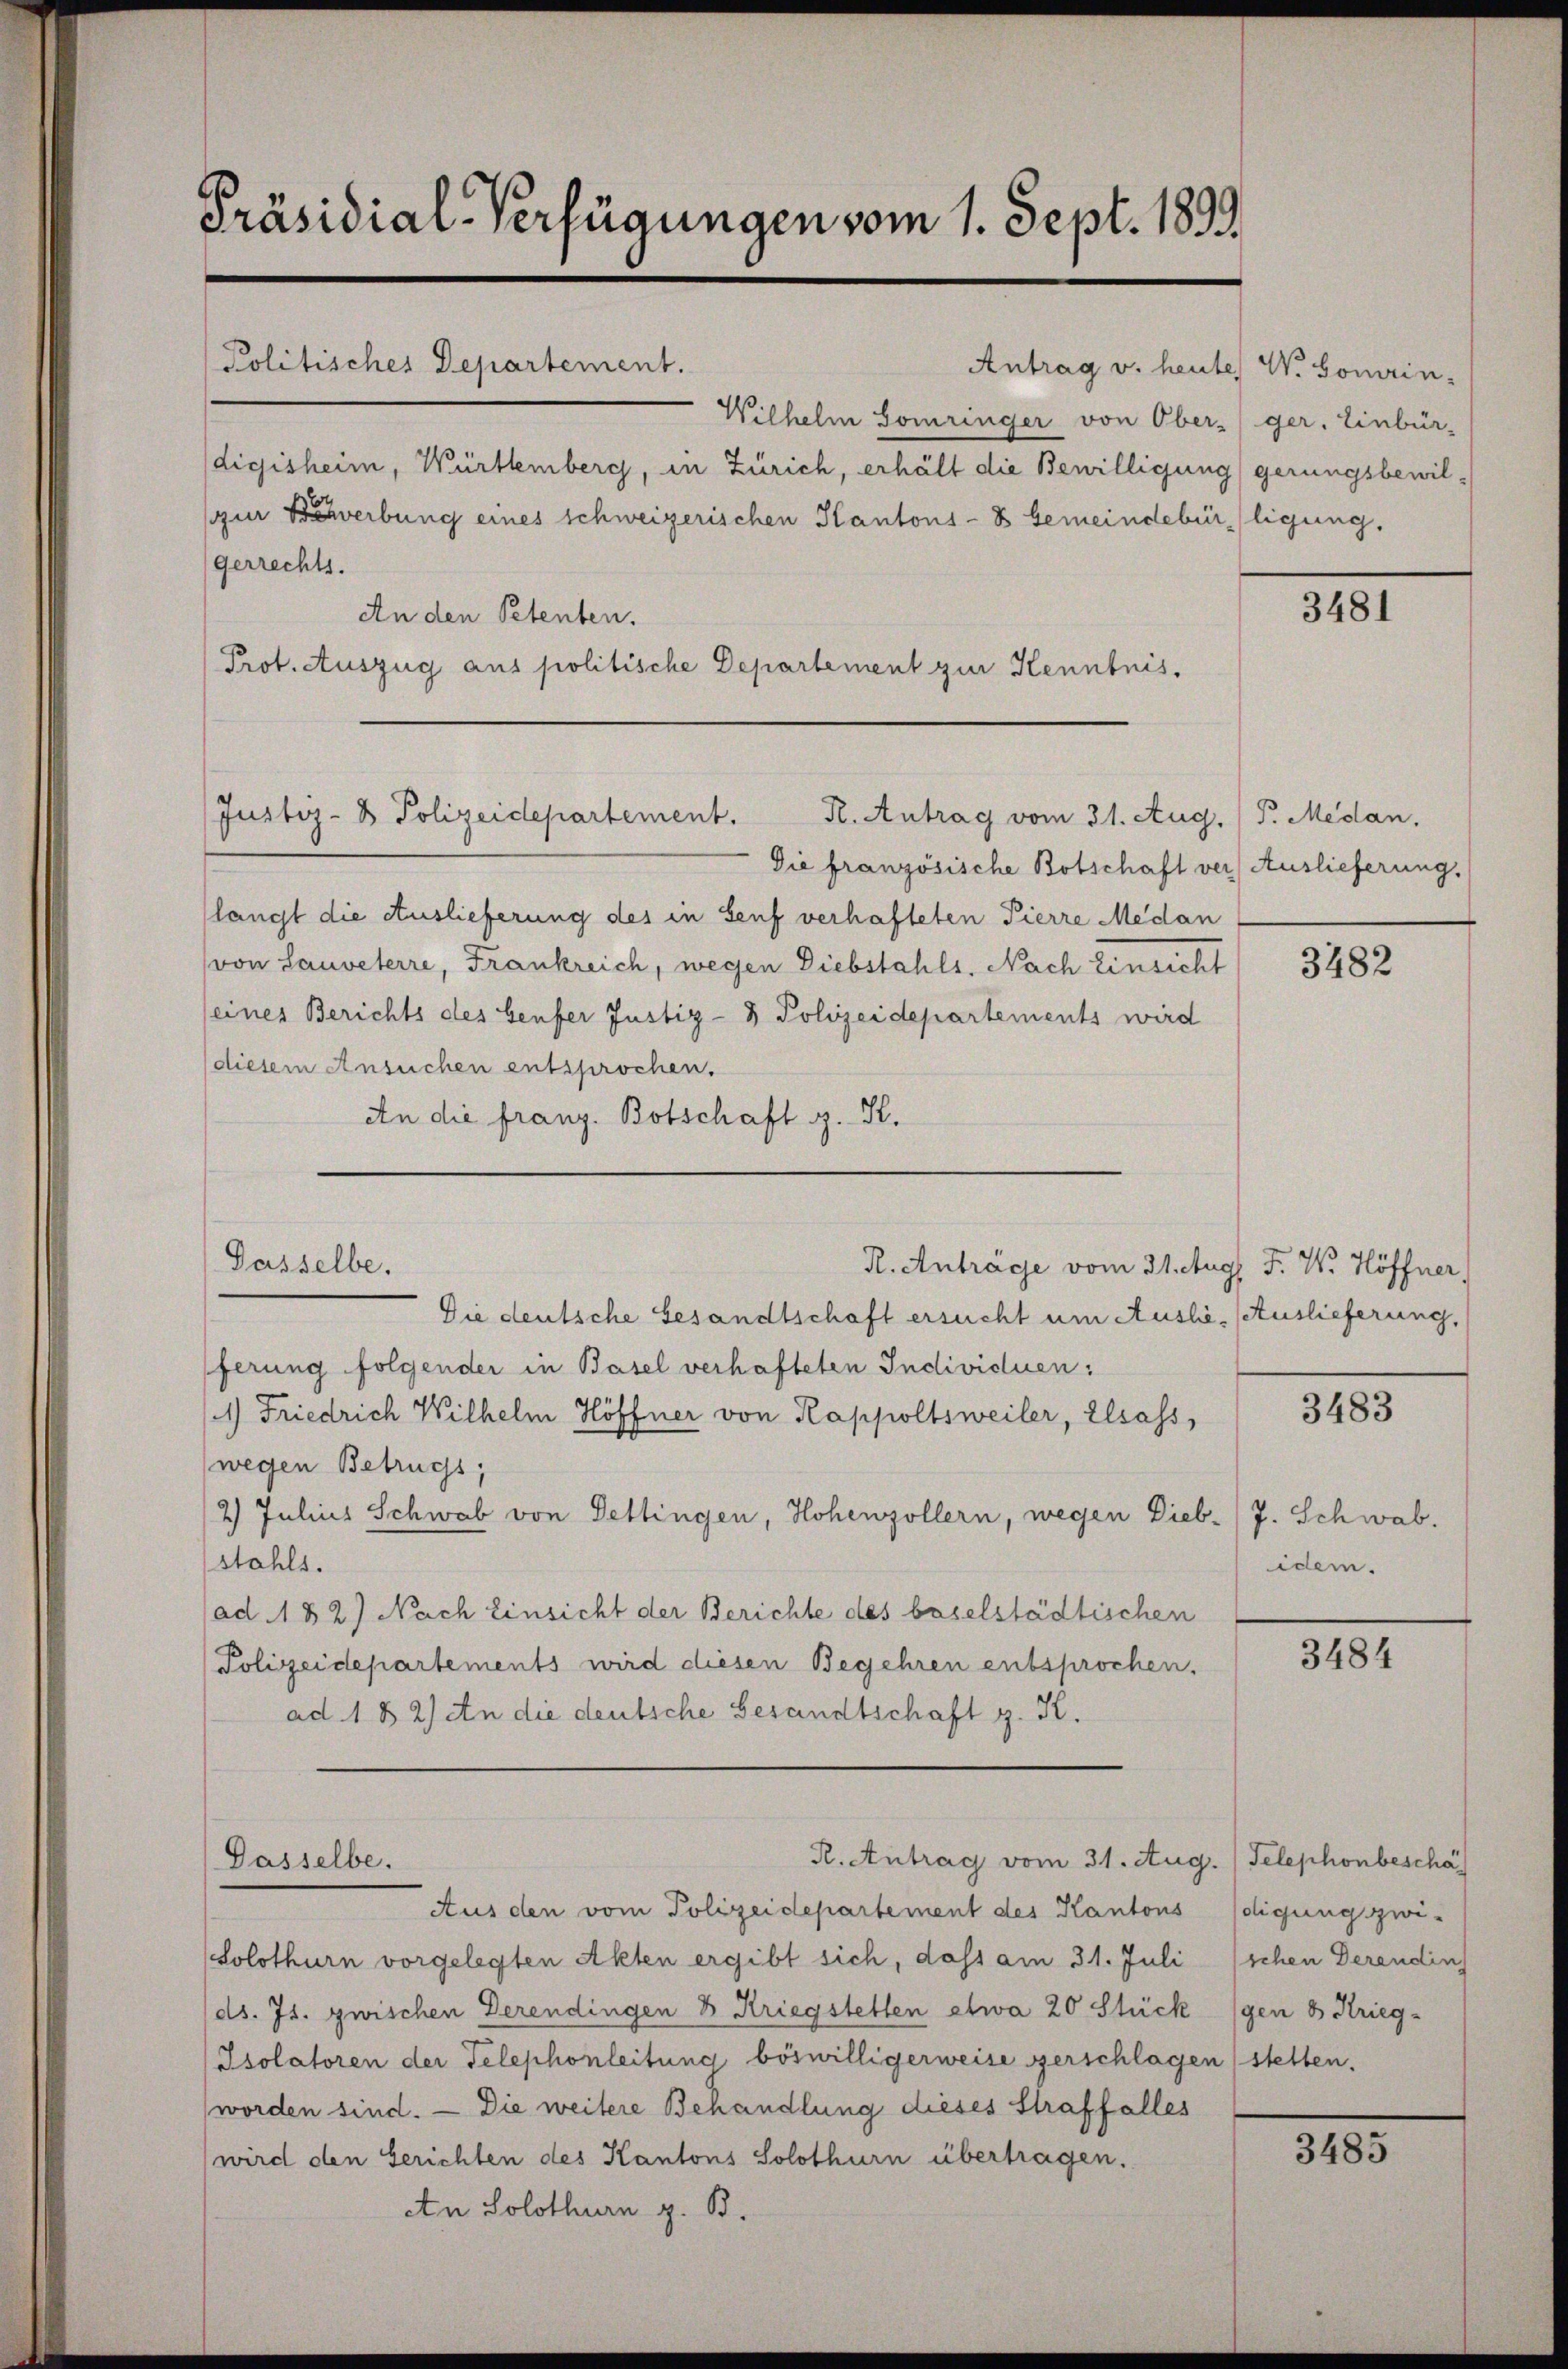
Präsidial-Verfügungen vom 1. Sept. 1899

Antrag v. heute W. Homrin-
Wilhelm Somringer von Oberger. Einbür-
digisheim, Württemberg, in Zürich, erhält die Bewilligung
zur Bewerbung eines schweizerischen Kantons- & Gemeindebürtigung,
gerrechts.
An den Petenten.
Prot. Auszug aus politische Departement zur Kenntnis.

Politisches Departement.

Aus den vom Polizeidepartement des Kantons
Solothurn vorgelegten Akten ergibt sich, dass am 31. Juli
ds. Js. zwischen Derendingen 3 Kriegstetten etwa 20 Stück
Isolatoren der Telephonleitung böswilligerweise gerschlage
worden sind. — Die weitere Behandlung dieses Straffalles
(wird den Gerichten des Kantons Solothurn übertragen.
An Solothurn z. B.

Die französische Botschaft ver Auslieferung.
(langt die Auslieferung des in Senf verhafteten Pierre Medan
von Lauveterre, Frankreich, wegen Diebstahls. Nach Einsicht
eines Berichts des Genfer Justiz- & Polizeidepartements wird
diesem Ansuchen entsprochen.
An die franz. Botschaft z. K.
R. Anträge vom 31. Aug. F. W. Höffner,
Die deutsche Gesandtschaft ersucht um Aushi- Auslieferung,
ferung folgender in Basel verhafteten Individuen:
) Friedrich Wilhelm Höffner von Rappoltsweiler, Elsass,
wegen Betrugs,
2) Julius Schwab von Dettingen, Hohenzollern, wegen Dieb-/J. Schwab.
stahls.
ad 1182) Nach Einsicht der Berichte des baselstädtischen
Polizeidepartements wird diesen Begehren entsprochen.
ad 1 B 2) An die deutsche Gesandtschaft g. K.

Justiz- & Polizeidepartement.
R. Antrag vom 31. Aug. P. Medan

Dasselbe.

Gasselbe.

R. Antrag vom 31. Aug

gerungsbewil-

3481

3482

3483

idem.

3484

Telephonbeschäf
digung zwischen Derendin
gen 8 Krieg-
n stetten.

3485